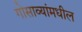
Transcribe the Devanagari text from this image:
गोसाव्यांमधील